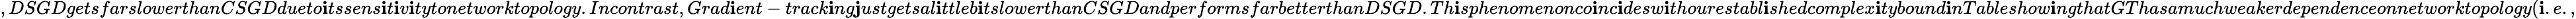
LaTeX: ,DSGDgetsfarslowerthanCSGDdueto\mathbf{i}tssens\mathbf{i}t\mathbf{i}v\mathbf{i}tytonetworktopology.Incontrast,Grad\mathbf{i}ent-track\mathbf{i}ng\mathbf{j}ustgetsal\mathbf{i}ttleb\mathbf{i}tslowerthanCSGDandperformsfarbetterthanDSGD.Th\mathbf{i}sphenomenonco\mathbf{i}nc\mathbf{i}desw\mathbf{i}thourestabl\mathbf{i}shedcomplex\mathbf{i}tybound\mathbf{i}nTableshow\mathbf{i}ngthatGThasamuchweakerdependenceonnetworktopology(\mathbf{i}.e.,